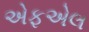
એફએલ